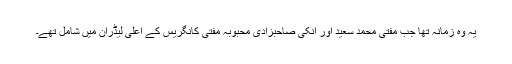
یہ وہ زمانہ تھا جب مفتی محمد سعید اور انکی صاحبزادی محبوبہ مفتی کانگریس کے اعلیٰ لیڈران میں شامل تھے۔